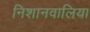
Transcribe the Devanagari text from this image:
निशानवालिया